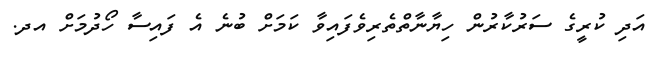
އަދި ކުރީގެ ސަރުކާރުން ހިޔާނާތްތެރިވެފައިވާ ކަމަށް ބުނެ އެ ފައިސާ ހޯދުމަށް އދ.